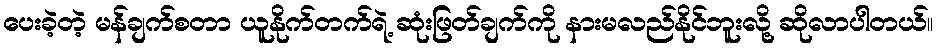
ပေးခဲ့တဲ့ မန်ချက်စတာ ယူနိုက်တက်ရဲ့ ဆုံးဖြတ်ချက်ကို နားမလည်နိုင်ဘူးလို့ ဆိုလာပါတယ်။